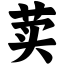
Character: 荬